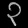
Digit: ၃